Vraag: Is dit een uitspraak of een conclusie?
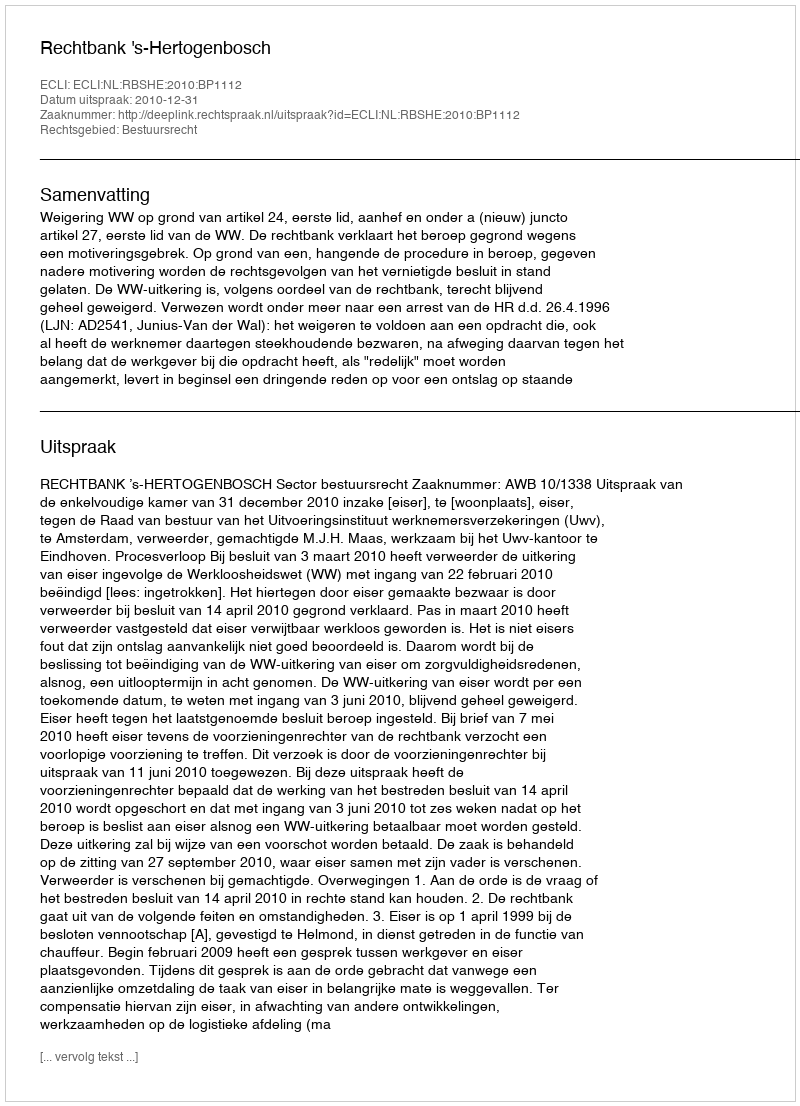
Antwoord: Uitspraak